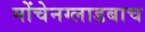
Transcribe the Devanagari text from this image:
मोंचेनग्लाडबाच